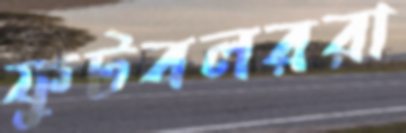
ফুটবলররা